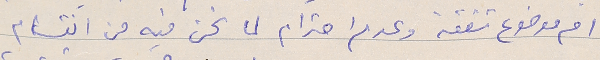
ام موضوع شفقه وعدم احترام لما نحن فيه من انقسام